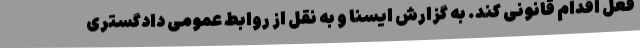
فعل اقدام قانونی کند. به گزارش ایسنا و به نقل از روابط عمومی دادگستری